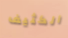
الكثيف